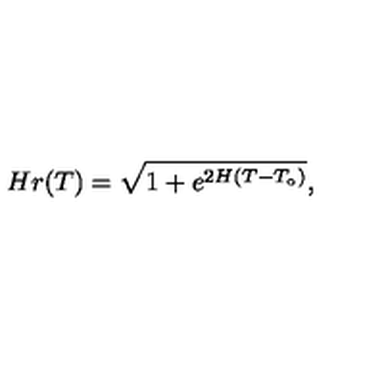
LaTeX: H r ( T ) = \sqrt { 1 + e ^ { 2 H ( T - T _ { \circ } ) } } ,